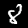
Digit: 8